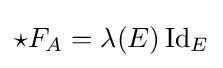
\star F_{A}=\lambda (E)\operatorname {Id} _{E}